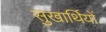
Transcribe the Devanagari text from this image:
सुखार्थियों